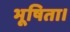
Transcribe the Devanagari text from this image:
भूषिता।